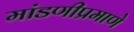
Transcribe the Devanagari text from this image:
मांडणीप्रमाणे